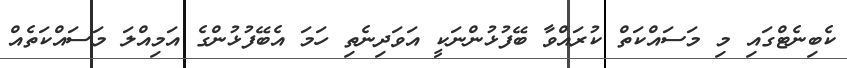
ކެބިނެޓްގައި މި މަސައްކަތް ކުރައްވާ ބޭފުޅުންނަކީ އަވަދިނެތި ހަމަ އެބޭފުޅުންގެ އަމިއްލަ މަސައްކަތެއް